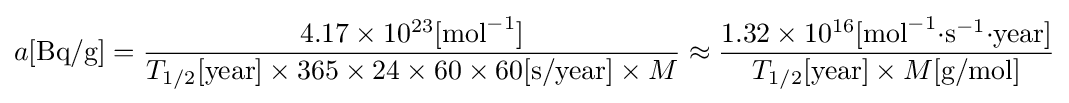
a[{\text{Bq/g}}]={\frac {4.17\times 10^{23}[{\text{mol}}^{-1}]}{T_{1/2}[{\text{year}}]\times 365\times 24\times 60\times 60[{\text{s/year}}]\times M}}\approx {\frac {1.32\times 10^{16}[{\text{mol}}^{-1}{\cdot }{\text{s}}^{-1}{\cdot }{\text{year}}]}{T_{1/2}[{\text{year}}]\times M[{\text{g/mol}}]}}